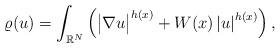
LaTeX: \begin{align*} \varrho(u) = \int_{ \mathbb R^N } \left( \big\vert \nabla u \big\vert^{ h(x) } + W(x) \left\vert u \right\vert^{ h(x) } \right),\end{align*}